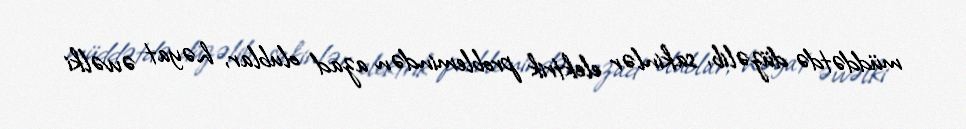
müddətdə düzəlib, sakinlər elektrik problemindən azad olublar, həyat əvvəlki